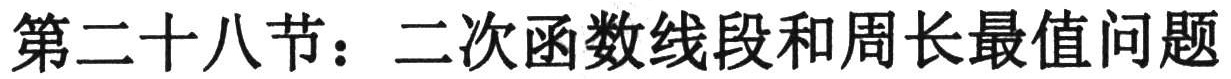
第二十八节：二次函数线段和周长最值问题